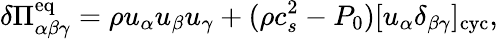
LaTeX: \delta\Pi_{\alpha\beta\gamma}^{\mathrm{eq}}=\rho u_{\alpha}u_{\beta}u_{\gamma}+(\rho c_{s}^{2}-P_{0})[u_{\alpha}\delta_{\beta\gamma}]_{\mathrm{cyc}},